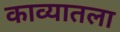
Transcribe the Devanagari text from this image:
काव्यातला